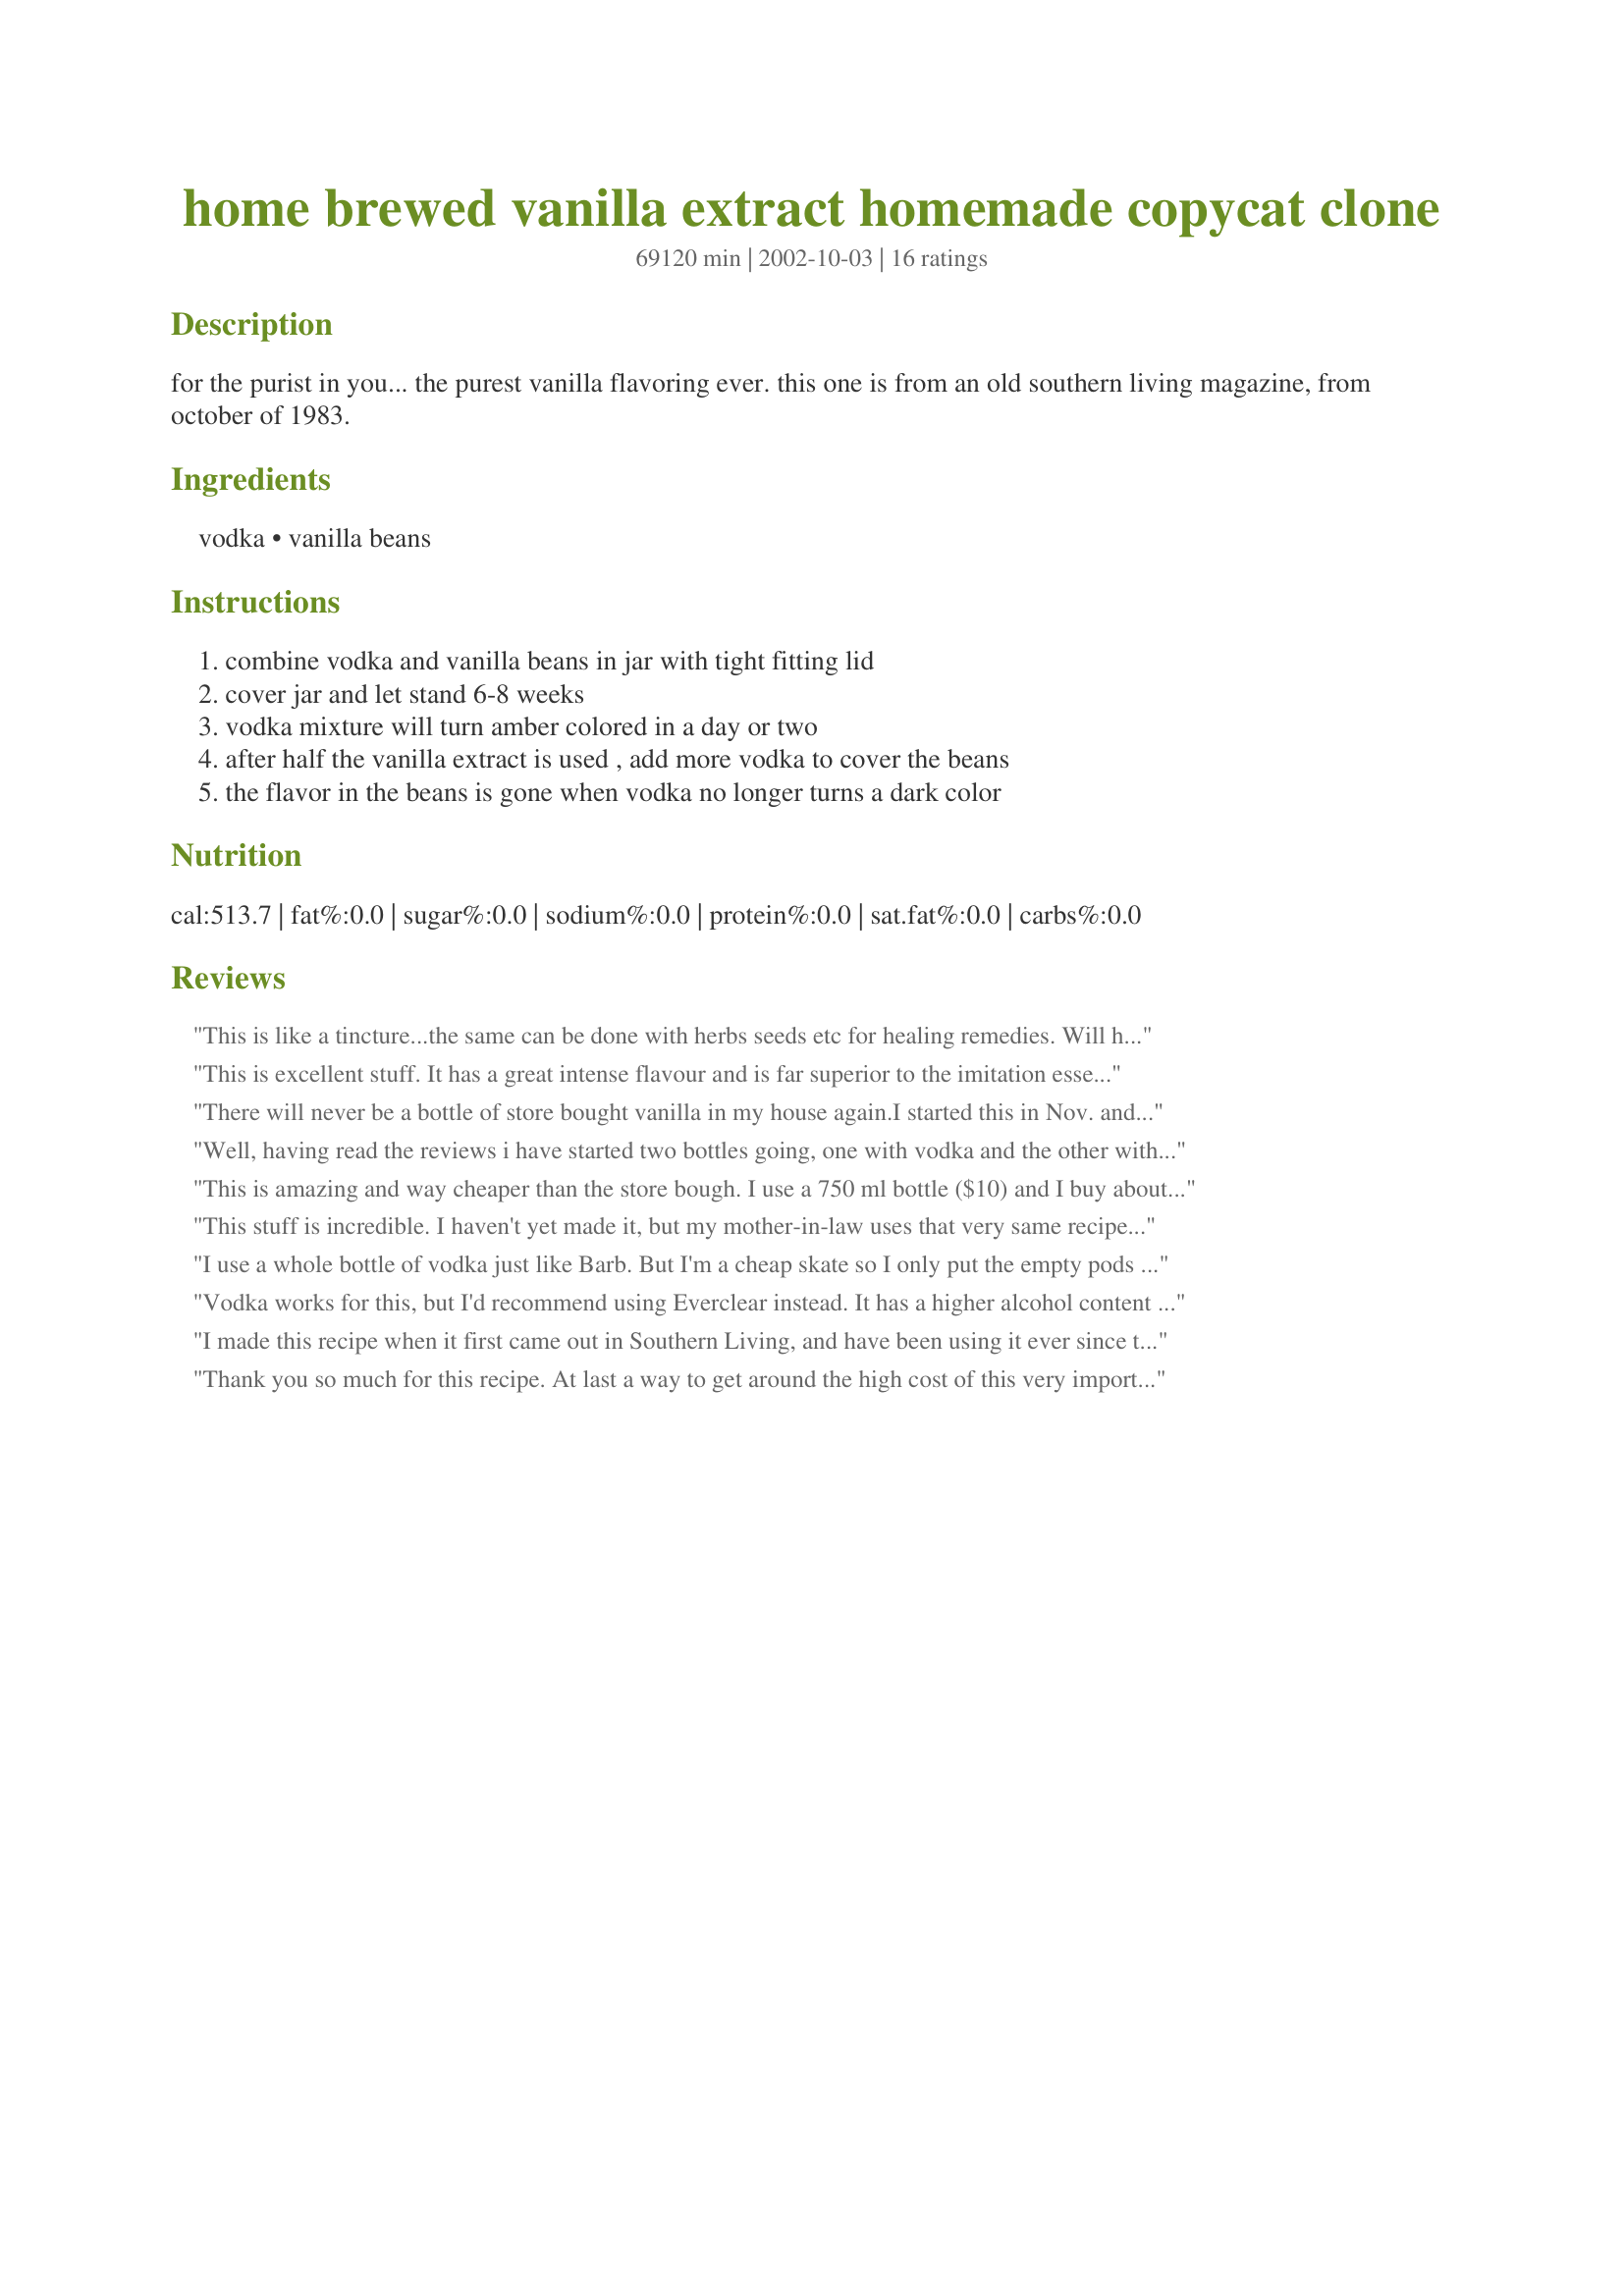
home brewed vanilla extract homemade copycat clone
Preparation time: 69120 minutes

for the purist in you... the purest vanilla flavoring ever. this one is from an old southern living magazine, from october of 1983.

Ingredients:
vodka, vanilla beans

Steps:
combine vodka and vanilla beans in jar with tight fitting lid, cover jar and let stand 6-8 weeks, vodka mixture will turn amber colored in a day or two, after half the vanilla extract is used , add more vodka to cover the beans, the flavor in the beans is gone when vodka no longer turns a dark color

Reviews:
This is like a tincture...the same can be done with herbs seeds etc for healing remedies. Will have to give it a try because I really hate artificial vanilla flavouring.
This is excellent stuff. It has a great intense flavour and is far superior to the imitation essence. It only requires patience as it really needs to sit for the two months to get the aroma of the vanilla bean into the vodka. I made 1 cup of vodka with 2 beans but will double the amount next time as it seems to be going fast!
There will never be a bottle of store bought vanilla in my house again.I started this in Nov. and added a couple of extra beans but it has been ready for a while. I plan on starting another batch to have ready to give for Christmas gifts. This would be a wonderful hostess gift at any time of the year. A very treasured recipe. Thank-you
Well, having read the reviews i have started two bottles going, one with vodka and the other with a small bottle of brandy. After three weeks both bottles are shaping up and smelling beautifully. 

I'm not going to rush either mix, this is something that should be allowed to develop quietly.

Should be great for Christmas baking however!!!
This is amazing and way cheaper than the store bough. I use a 750 ml bottle ($10) and I buy about 11-12 vanilla beans ($3.99 for 3) and it takes me anywhere from a 1 to 3 years to use all of it. I got so tired of spending $5 on a 1 ounce bottle of McCormick and I found this one day and decided to try it. Will never buy from the store again. Thank you for sharing.
This stuff is incredible. I haven't yet made it, but my mother-in-law uses that very same recipe from Southern Living. She has shared some of the extract with me in recent months, and I was amazed at the difference in flavour. If you've never had the pleasure of home made extract, do yourself a favour this holiday season and try it out!
I use a whole bottle of vodka just like Barb. But I'm a cheap skate so I only put the empty pods in after I have scraped them out and used them in other cooking. I also buy my vanilla beans online from Herbies Spices, because they are really fresh. (www.gourmetshopper.com.au)
Vodka works for this, but I'd recommend using Everclear instead. It has a higher alcohol content and will produce a purer vanilla.
I made this recipe when it first came out in Southern Living, and have been using it ever since that time. It is wonderful and adds such a nice vanilla flavor that can't be beat!
Wanda in Wichita Falls, TX
Thank you so much for this recipe. At last a way to get around the high cost of this very important ingredient. I think I may also try it with coconut flavored rum, sounds like a power house addition to baking.
Great recipe, I do it with a whole bottle of vodka and 8 to 10 split vanilla beans. I let it sit in a dark corner of the cupboard for 8 months to a year. I go through one vodka bottle of extract a year, so I remake one and always have one ready to be used when the current one is ready to run out. The beans are expensive, but the total cost must be less than buying all of that store bought extract, and this is so much better. You can take out the beans, after a year, dry them out and bury in a jar full of sugar for awhile, it makes the sugar taste good too, and you can use it in all sorts of things.
I used a whole bottle of Vodka, 10 Vanilla Beans cut into small pieces and stored it in the pantry for several months. Am just starting to use it. It adds a great and smells delicious. I ordered the beans on-line(nice big beans) and were so much cheaper than the health food store. This recipe makes for a lot better and cheaper vanilla. Thank you for posting.
Made some of this and oh boy did it rock! Flew threw it. Will have to keep a batch perpetually going. After having my own vanilla- I'll never go back to store bought.
I use this vanilla in so many recipes. I have 2 large bottles of it in my pantry. I will not buy any more vanilla extract at the store. I buy my vanilla beans online. They are much cheaper!
I used 5 vanilla beans and 1c of vodka and placed the mixture in a mason jar. I have made this extract twice now...once using organic Tahitian beans and another using organic Madagascar beans. Both extracts are to die for!!! I will never buy the commercial stuff ever again. It is so much easier just to make it yourself if you can find a good source for fresh, plump vanilla beans. My extracts have been sitting in my pantry for almost 9 months now and are a beautiful amber color...not to mention smell so heavenly!!!
I use the whole bottle of vodka and 6 beans (from Bali) and let it sit for about 6 months. It smells good. I prefer using brandy or rum but vodka is good too.
